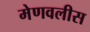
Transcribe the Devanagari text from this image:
मेणवलीस